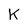
Character: K